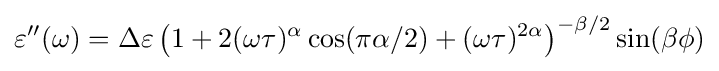
\varepsilon ''(\omega )=\Delta \varepsilon \left(1+2(\omega \tau )^{\alpha }\cos(\pi \alpha /2)+(\omega \tau )^{2\alpha }\right)^{-\beta /2}\sin(\beta \phi )